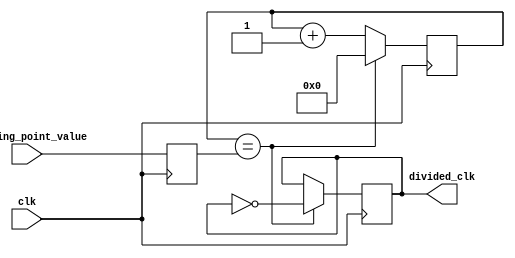
module floating_point_clock_divider (
        input wire clk,
        input wire [31:0] floating_point_value,
        output reg divided_clk
);

reg [31:0] count;
reg [31:0] divisor;

always @ (posedge clk) begin
    count <= count + 1;
    if (count == divisor) begin
        divided_clk <= ~divided_clk;
        count <= 0;
    end
end

always @ (posedge clk) begin
    divisor <= floating_point_value;
end

endmodule